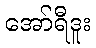
အော်ရီဒူး